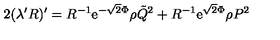
2 ( \lambda ^ { \prime } R ) ^ { \prime } = R ^ { - 1 } \mathrm { e } ^ { - \sqrt { 2 } \Phi } \rho \tilde { Q } ^ { 2 } + R ^ { - 1 } \mathrm { e } ^ { \sqrt { 2 } \Phi } \rho P ^ { 2 }